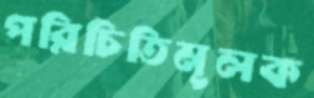
পরিচিতিমূলক